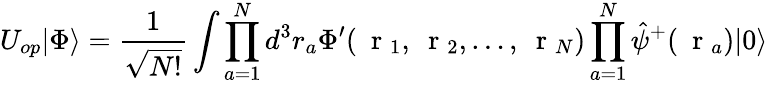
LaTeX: U_{op}|\Phi\rangle=\frac{1}{\sqrt{N!}}\int\prod_{a=1}^{N}d^{3}r_{a}\Phi^{\prime}(\mathrm{~\mathbf~r~}_{1},\mathrm{~\mathbf~r~}_{2},\dots,\mathrm{~\mathbf~r~}_{N})\prod_{a=1}^{N}\hat{\psi}^{+}(\mathrm{~\mathbf~r~}_{a})|0\rangle